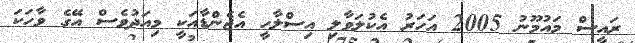
ރައީސް މައުމޫނު 2005 އަހަރު އެކުލަވާލި އިސްލާހީ އެޖެންޑާއަކީ މިއަދުވެސް އޭގެ ވާހަކަ